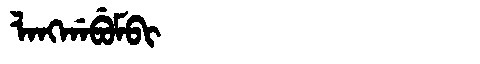
Manchu: ᠯᠠᠩᡤᠠᠪᡠᠮᠪᡳ
Romanization: LANGGABUMBI